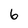
Character: 6